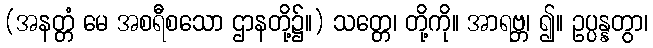
(အနတ္တံ မေ အစရီစသော ဌာနတို့၌။) သတ္တေ၊ တို့ကို။ အာရဗ္ဘ၊ ၍။ ဥပ္ပန္နတွာ၊